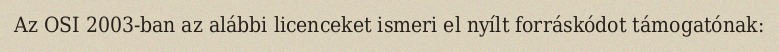
Az OSI 2003-ban az alábbi licenceket ismeri el nyílt forráskódot támogatónak: